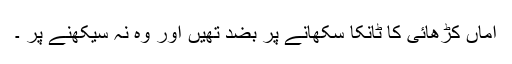
اماں کڑھائی کا ٹانکا سکھانے پر بضد تھیں اور وہ نہ سیکھنے پر ۔